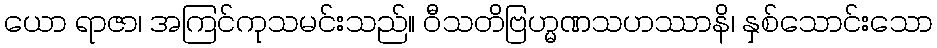
ယော ရာဇာ၊ အကြင်ကုသမင်းသည်။ ဝီသတိဗြဟ္မဏသဟဿာနိ၊ နှစ်သောင်းသော